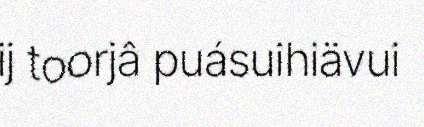
ij toorjâ puásuihiävui